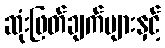
ဆုံးဖြတ်ချက်များနှင့်